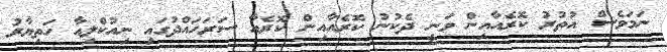
ނަމަވެސް އުތުރު ކޮރެއާއިން ވަނީ ދެކުނު ކޮރެއާއިން ކޮރެއާ ސަރަހައްދުގައި ނިއުކްލިއާ ހަތިޔާރު